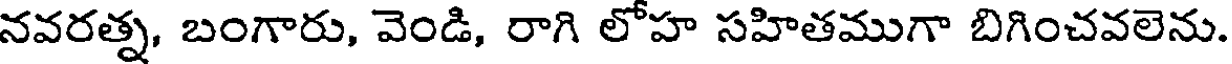
నవరత్న, బంగారు, వెండి, రాగి లోహ సహితముగా బిగించవలెను.